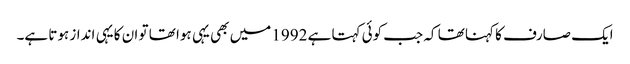
ایک صارف کا کہنا تھا کہ جب کوئی کہتا ہے 1992 میں بھی یہی ہوا تھا تو ان کا یہی انداز ہوتا ہے۔